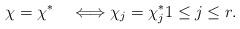
LaTeX: \begin{align*}\chi=\chi^*\quad\Longleftrightarrow\chi_j=\chi^*_j{} 1\leq j\leq r. \end{align*}